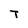
Character: T